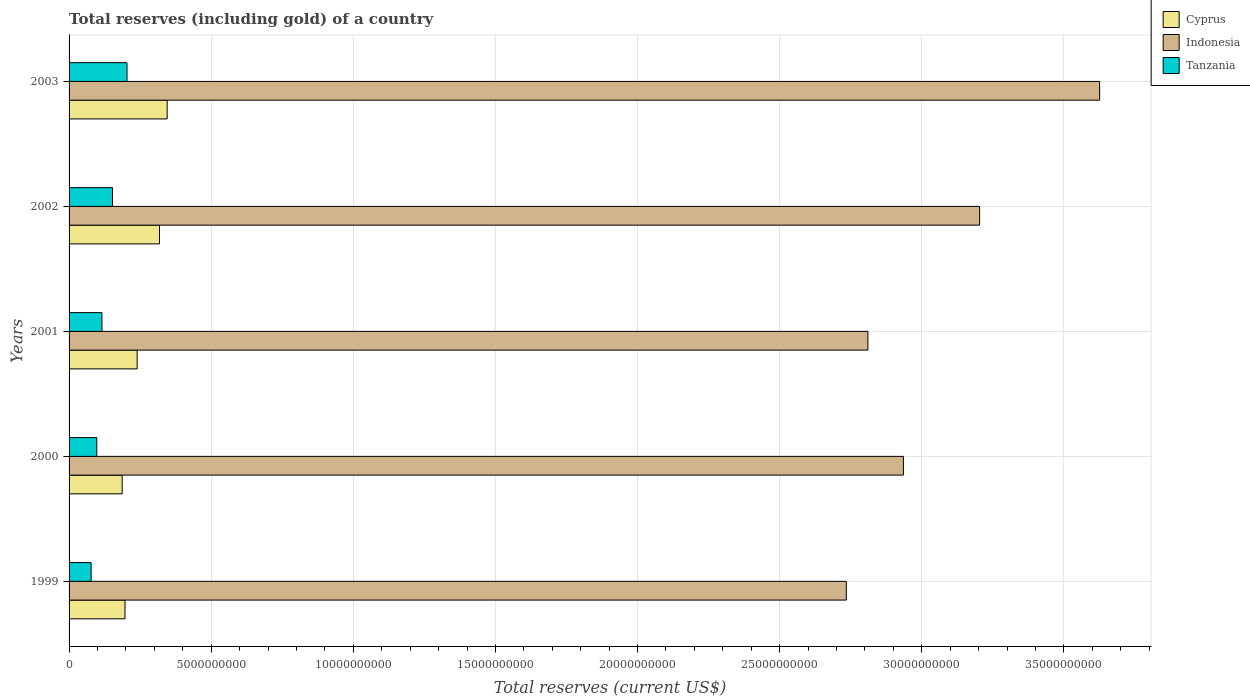
| Years | Cyprus | Indonesia | Tanzania |
 | --- | --- | --- | --- |
 | 1999 | 1.97e+09 | 2.73e+10 | 7.75e+08 |
 | 2000 | 1.87e+09 | 2.94e+10 | 9.74e+08 |
 | 2001 | 2.4e+09 | 2.81e+10 | 1.16e+09 |
 | 2002 | 3.18e+09 | 3.2e+10 | 1.53e+09 |
 | 2003 | 3.45e+09 | 3.63e+10 | 2.04e+09 |